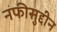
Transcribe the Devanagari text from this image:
नफीसुद्दीन